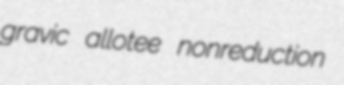
gravic allotee nonreduction